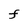
Character: F